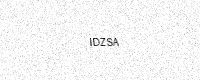
Text: IDZSA